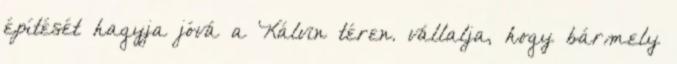
építését hagyja jóvá a Kálvin téren. vállalja, hogy bármely